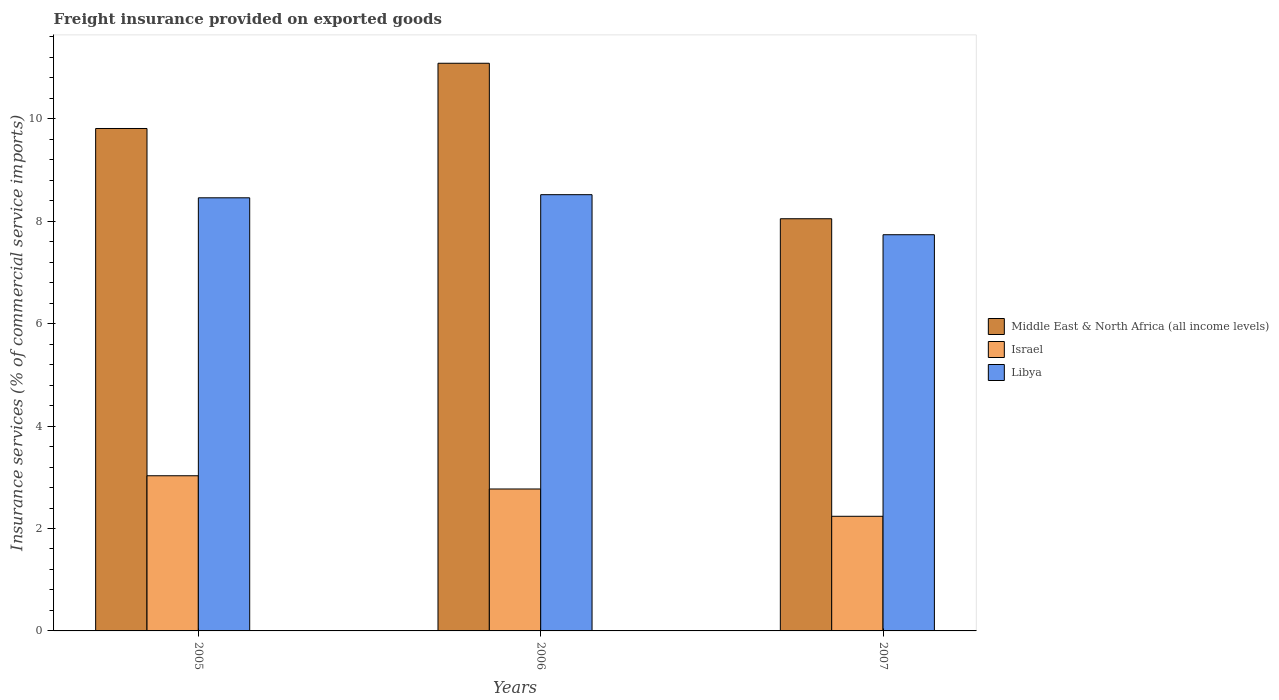
| Years | Middle East & North Africa (all income levels) | Israel | Libya |
 | --- | --- | --- | --- |
 | 2005 | 9.81 | 3.03 | 8.46 |
 | 2006 | 11.1 | 2.77 | 8.52 |
 | 2007 | 8.05 | 2.24 | 7.74 |